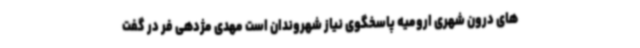
های درون شهری ارومیه پاسخگوی نیاز شهروندان است مهدی مژدهی فر در گفت